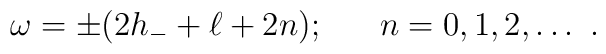
\omega = \pm (2h_- + \ell + 2n); \ \ \ \ \ n = 0,1,2,\ldots\ .